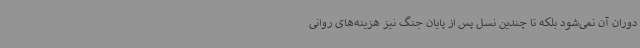
دوران آن نمی‌شود بلکه تا چندین نسل پس از پایان جنگ نیز هزینه‌های روانی